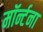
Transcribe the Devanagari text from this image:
मॉर्न्टना